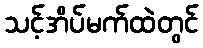
သင့်အိပ်မက်ထဲတွင်